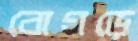
বোগড়ে